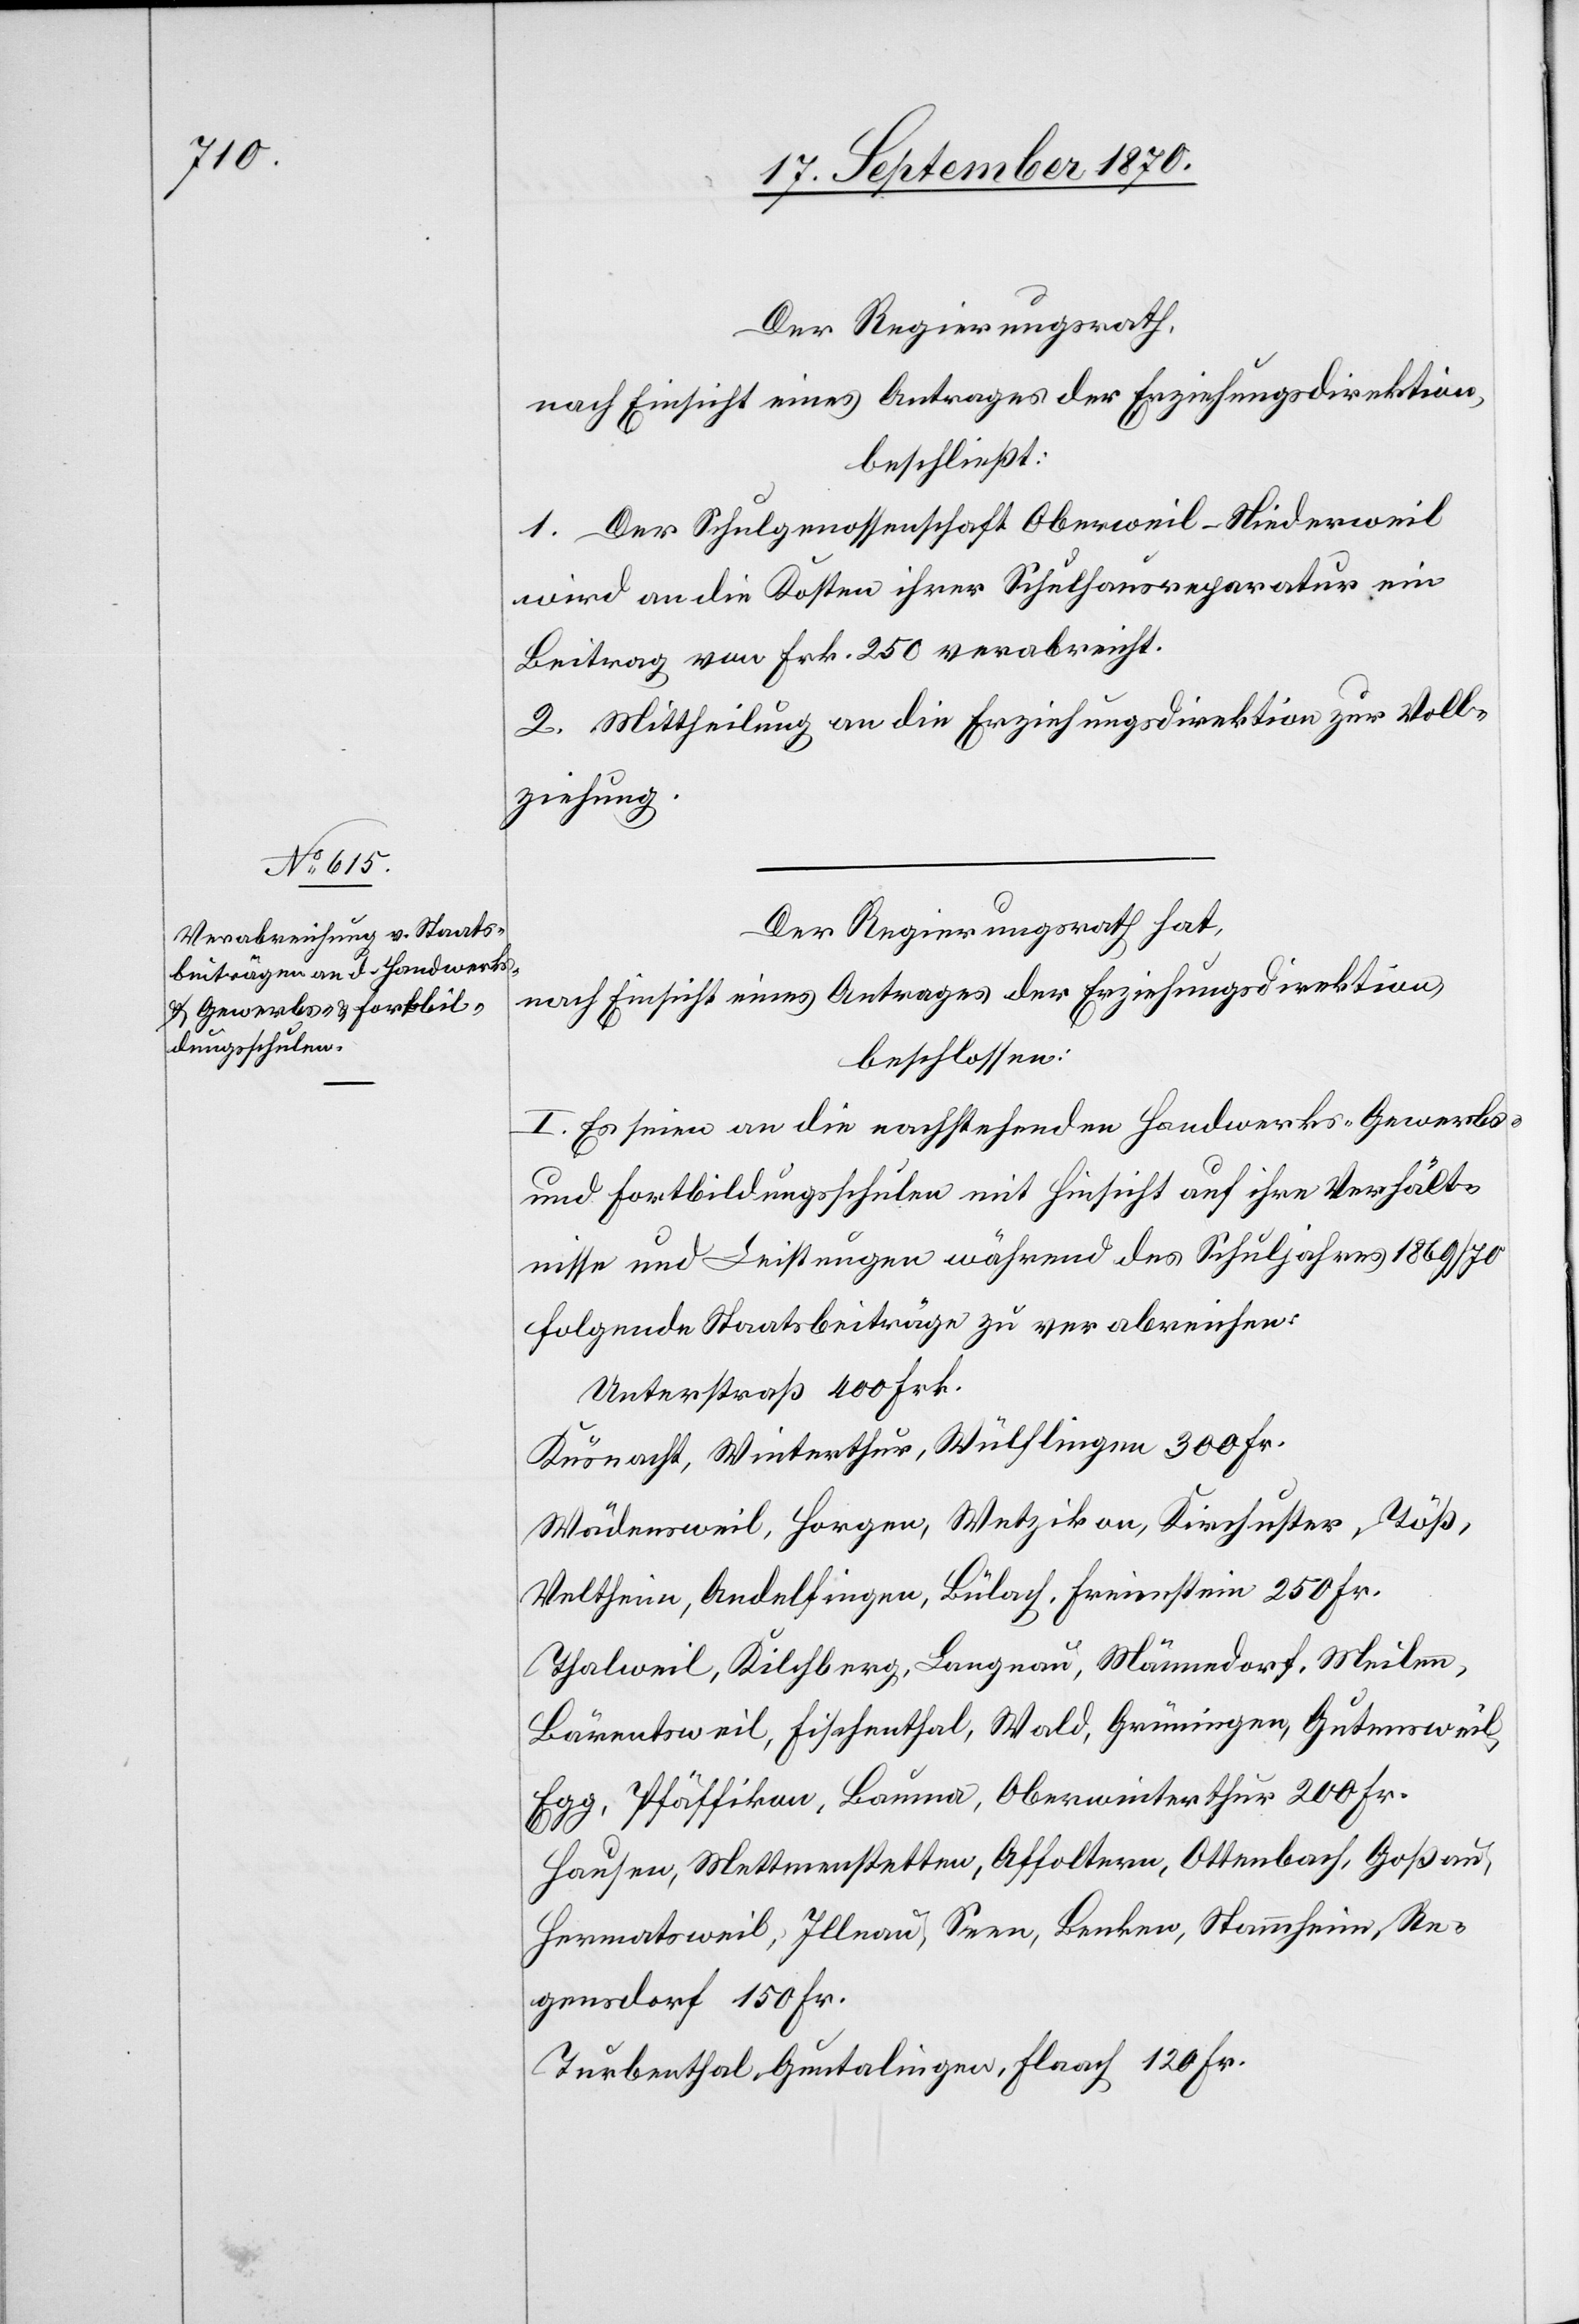
Der Regierungsrath hat,
nach Einsicht eines Antrages der Erziehungsdirektion,
beschlossen:
I. Es seien an die nachstehenden Handwerks- Gewerbs-
und Fortbildungsschulen mit Hinsicht auf ihre Verhält¬
nisse und Leistungen während des Schuljahres 1869/70
folgende Staatsbeiträge zu verabreichen:
Unterstraß 400 Frk.
Küsnacht, Winterthur, Wülflingen 300 Fr.
Wädensweil, Horgen, Wetzikon, Kirchuster, Töß,
Veltheim, Andelfingen, Bülach, Freienstein 250 Fr.
Thalweil, Kilchberg, Langnau, Männedorf, Meilen,
Bärentsweil, Fischenthal, Wald, Grüningen, Guntensweil,
Egg, Pfäffikon, Bauma, Oberwinterthur 200 Fr.
Hausen, Mettmenstetten, Affoltern, Ottenbach, Goßau,
Hermatsweil, Illnau, Seen, Benken, Stammheim, Re¬
gensdorf 150 Fr.
Turbenthal, Guntalingen, Flaach 120 Fr.